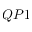
Q P 1